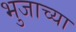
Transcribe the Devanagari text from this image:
भुजाच्या